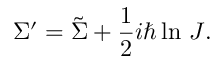
\Sigma ^ { \prime } = \tilde { \Sigma } + { \frac { 1 } { 2 } } i \hbar \ln \, J .